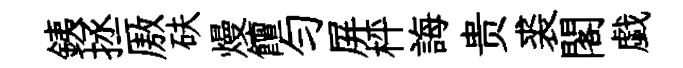
銕拯厫砆熳饘勻屏枰誨贵裘閣戯